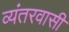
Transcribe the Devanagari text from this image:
व्यंतरवासी